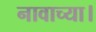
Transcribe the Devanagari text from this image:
नावाच्या।